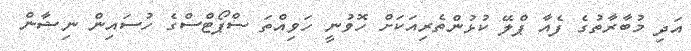
އަދި މުބާރާތުގެ ފެއާ ޕްލޭ ކުޅުންތެރިއަކަށް ހޮވުނީ ހަވިއްތަ ސްޕޯޓްސްގެ ހުސައިން ނިޝާން